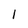
Character: I